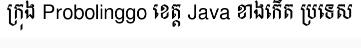
ក្រុង Probolinggo ខេត្ត Java ខាងកើត ប្រទេស